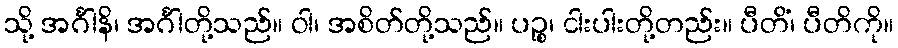
သို့ အင်္ဂါနိ၊ အင်္ဂါတို့သည်။ ဝါ၊ အစိတ်တို့သည်။ ပဉ္စ၊ ငါးပါးတို့တည်း။ ပီတိံ၊ ပီတိကို။